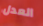
العدل